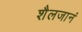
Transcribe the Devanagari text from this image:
शैलजानं